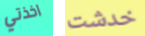
اخذتي خدشت